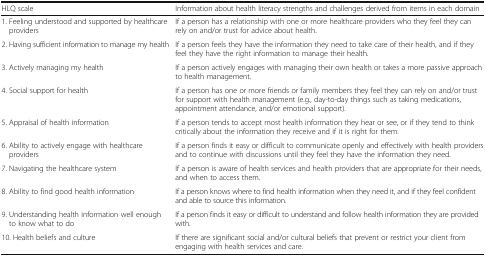
<table><thead><tr><td><b>HLQ scale</b></td><td><b>Information about health literacy strengths and challenges derived from items in each domain</b></td></tr></thead><tbody><tr><td>1. Feeling understood and supported by healthcare providers</td><td>If a person has a relationship with one or more healthcare providers who they feel they can rely on and/or trust for advice about health.</td></tr><tr><td>2. Having sufficient information to manage my health</td><td>If a person feels they have the information they need to take care of their health, and if they feel they have the right information to manage their health.</td></tr><tr><td>3. Actively managing my health</td><td>If a person actively engages with managing their own health or takes a more passive approach to health management.</td></tr><tr><td>4. Social support for health</td><td>If a person has one or more friends or family members they feel they can rely on and/or trust for support with health management (e.g., day-to-day things such as taking medications, appointment attendance, and/or emotional support).</td></tr><tr><td>5. Appraisal of health information</td><td>If a person tends to accept most health information they hear or see, or if they tend to think critically about the information they receive and if it is right for them.</td></tr><tr><td>6. Ability to actively engage with healthcare providers</td><td>If a person finds it easy or difficult to communicate openly and effectively with health providers and to continue with discussions until they feel they have the information they need.</td></tr><tr><td>7. Navigating the healthcare system</td><td>If a person is aware of health services and health providers that are appropriate for their needs, and when to access them.</td></tr><tr><td>8. Ability to find good health information</td><td>If a person knows where to find health information when they need it, and if they feel confident and able to source this information.</td></tr><tr><td>9. Understanding health information well enough to know what to do</td><td>If a person finds it easy or difficult to understand and follow health information they are provided with.</td></tr><tr><td>10. Health beliefs and culture</td><td>If there are significant social and/or cultural beliefs that prevent or restrict your client from engaging with health services and care.</td></tr></tbody></table>